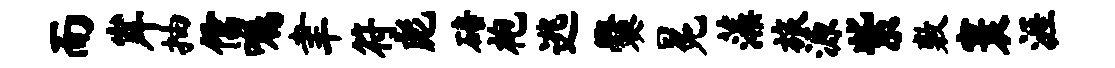
而岸抽儒嘱聿符彪碚袍逃爨冕藻旅源紫敷寰涯